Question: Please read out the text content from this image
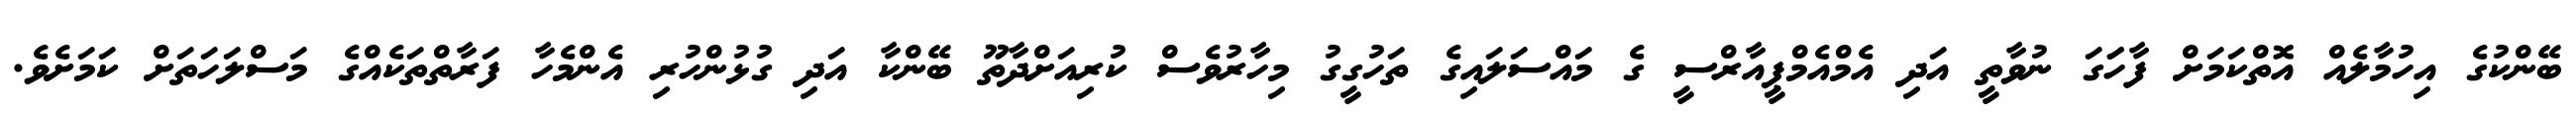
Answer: ބޭންކުގެ އިހުމާލެއް އޮތްކަމަށް ފާހަަގަ ނުވާތީ އަދި އެމްއެމްޕީއާރްސީ ގެ މައްސަލައިގެ ތަހުގީގު މިހާރުވެސް ކުރިއަށްދާތޫ ބޭންކާ އަދި ގުޅުންހުރި އެންމެހާ ފަރާތްތަކެއްގެ މަސްލަހަތަށް ކަމަށެވެ.